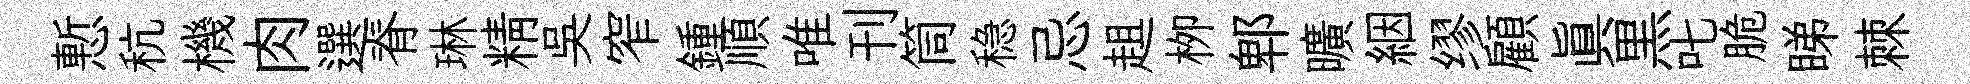
慙秔機肉選脊琳精吴窄鍾順唯刊筒稳忌趄栁郫曠絪缪顧眞黒叱脆睇棘